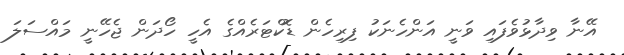
އޭނާ ވިދާޅުވެފައި ވަނީ އަންހެނަކު ފިރިހެން ޑޮކްޓަރެއްގެ އެހީ ހޯދަން ޖެހޭނީ މައްސަލަ